King Institute of Preventive Medicine Micro-Biological Section reports 1909-11
Year: 1909
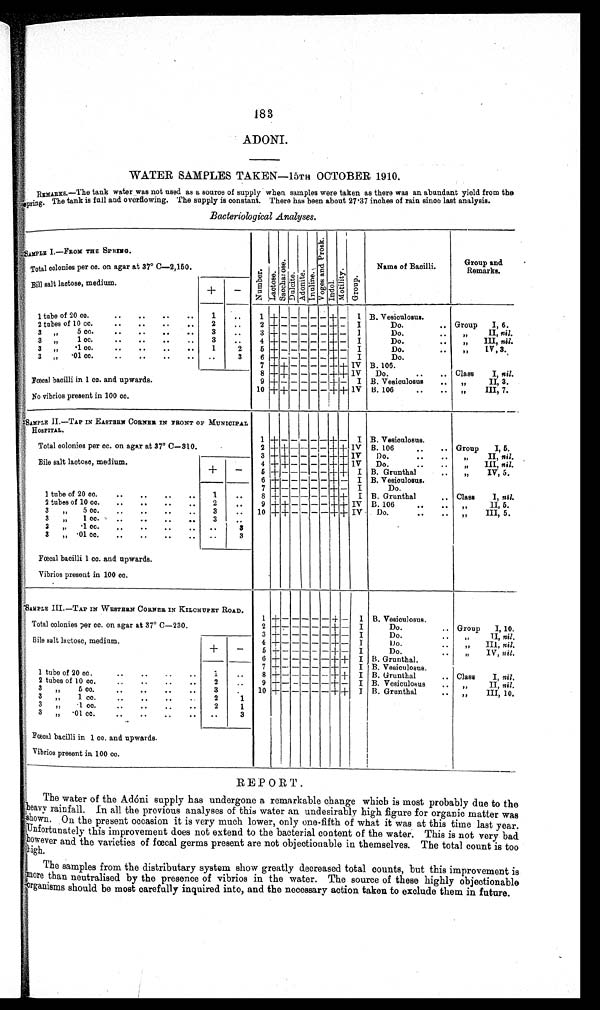
REPORT.
The water of the Adóni supply has undergone a remarkable change which is most probably due to the
heavy rainfall. In all the previous analyses of this water an undesirably high figure for organic matter was
,shown. On the present occasion it is very much lower, only one-fifth of what it was at this time last year.
Unfortunately this improvement does not extend to the bacterial content of the water. This is not very bad.
however and the varieties of fœcal germs present are not objectionable in themselves. The total count is too
high.
The samples from the distributary system show greatly decreased total counts, but this improvement is
more than neutralised by the presence of vibrios in the water. The source of these highly objectionable
organisms should be most carefully inquired into, and the necessary action taken to exclude them in future.
Bacteriological Analyses.
S A M P L E I . — F R O M T H E S P R I N G .
NumberLactoseSacharoseDul ci t eAdonite
I nul i ne
Vo g e e s a n d p r o s k Indol
M o t i l i t y
Group
Name of Bacilli.
Group and
Remarks.
Total colonies per cc. on agar at 37° C—2,150.
Bill salt lactose, medium.
+
−
1 tube of 20 cc.
1
1
+
− − −
−
+
−
I B. Vesiculosus.
2 tubes of 10cc.
2
2
+
− − − − − +
−
I
Do.
Group I, 6.
3 „ 5 cc.
3
3
+
− − − − − + −
I
Do.
„ II, nil.
3 3 „ 1 cc.
3
4
+
− − − − −
+
−
I
Do.
„ III, nil.
3 „ ·1 cc
1
2
5 + − − − − − + −
I
Do.
„ IV, 3.
3 „ ·01 cc.
3
6
+
− − − − −
+
−
I
Do.
7
+
+
− − − −
+
+
IV B.106.
Fœcal bacilli in 1 cc. and upwards.
8
+
+
− − − −
+
+
IV
Class I, nil.
9
+
− − − − −
+
−
I B. Vesiculosus
„ II, 3.
10
+ +
− − − −
+
+
IV
B. 106
„ III, 7.
No vibrios present in 100 cc.
SAMPLE II—TAP IN EASTERN CORNEA IN FRONT OF MUNICIPAL
HOSPITAL.
Total colonies per cc. on agar at 37° C-310.
1
+
− − − − − + −
I B. Vesiculosus.
2
+
+
− − − −
+
+
IV
B. 106
„
Group I, 5.
3
+
+
− − − −
+
+
IV
„ II, nil.
Bile salt lactose, medium.
+
−
4
+
+ − − − −
+
+
IV
Do.
„ III, nil.
5
+
− − − − −
+
+
I
B. Grunthal
„ IV, 5.
6
+
− − − − −
+
−
I B. Vesioulosus.
7
+
− − − − −
+
−
I
Do.
1 tube of 20 cc.
1
8
+
− − − − −
+
+
I B. Grunthal
Class I, nil.
2 tubes of 10 cc.
2
9
+ +
− − − −
+
+
IV B. 106
„ II, 5.
3 „ 5 cc.
3
10
+ +
− − − −
+
+ IV
Do.
„ III, 5.
3 „ 1 cc.
3
3 „ ·1 cc.
3
3 „··01 cc.
3
Fœcal bacilli 1 cc. and upwards.
Vibrios present in 100 cc.
SAMPLE III.—TAP IN WESTERN CORNER. IN KILCHUPET ROAD .
1
+
− − − − −
+
−
I B. Vesiculosus.
Total colonies per cc. on agar at 37° C-230.
2
+
− − − − − + −
I
Do.
Group I, 10.
3
+
− − − − −
+
−
I
Do.
„ II, nil.
Bile salt lactose, medium.
+
−
4
4+ − − − − − + −
I
Do.
„ III, nil.
5
+
− − − − − + −
I
Do.
„ IV, nil.
6
+
− − − − − + + I B. Grunthal.
7
+
− − − − − + −
I B. Vesiculosus.
1 tube of 20 cc.
1
8
+
− − − − − + + I B. Grunthal
Class I, nil.
2 tubes of 10 cc.
2
9
+
− − − − − + −
I B. Vesiculosus
„ II, nil.
3 „ 5 cc.
3
10
+
− − − − − + + I B. Grunthal
„ III, 10.
3 „ 1 cc.
2
1
3 „ ·1 cc.
2
1
3 „ ·01 cc.
3
Fœcal bacilli in 1 cc. and upwards.
Vibrios present in 100 cc.
183
ADONI.
WATER SAMPLES TAKEN—15TH OCTOBER 1910.
REMARKS.—The tank water was not used as a source of supply when samples were taken as there was an abundant yield from the
spring. The tank is full and overflowing. The supply is constant. There has been about 27·37 inches of rain since last analysis.